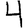
Digit: 4